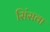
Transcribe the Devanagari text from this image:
सिंसवा